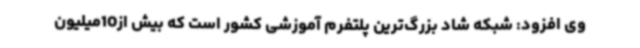
وی افزود: شبکه شاد بزرگ‌ترین پلتفرم آموزشی کشور است که بیش از10میلیون